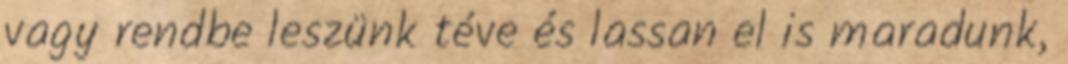
vagy rendbe leszünk téve és lassan el is maradunk,